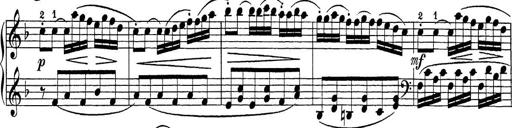
Title: Sonatina Album
Composer: Louis KÃ¶hler